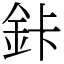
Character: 鉲